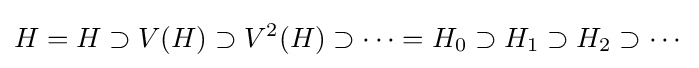
H=H\supset V(H)\supset V^{2}(H)\supset \cdots =H_{0}\supset H_{1}\supset H_{2}\supset \cdots